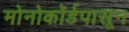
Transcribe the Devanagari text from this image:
मोनोकॉर्डपासून